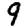
Digit: 9